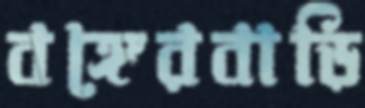
বঙ্গেরবাড়ি